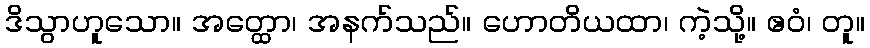
ဒိသွာဟူသော။ အတ္ထော၊ အနက်သည်။ ဟောတိယထာ၊ ကဲ့သို့။ ဧဝံ၊ တူ။